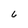
Character: 6